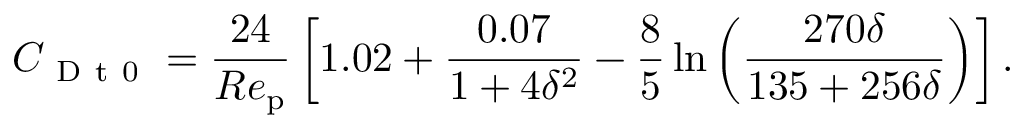
C _ { \mathrm { ~ D ~ t ~ 0 ~ } } = \frac { 2 4 } { R e _ { \mathrm { p } } } \left[ 1 . 0 2 + \frac { 0 . 0 7 } { 1 + 4 \delta ^ { 2 } } - \frac { 8 } { 5 } \ln \left( \frac { 2 7 0 \delta } { 1 3 5 + 2 5 6 \delta } \right) \right] .